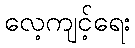
လေ့ကျင့်ရေး